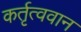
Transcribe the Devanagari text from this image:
कर्तृत्‍ववान